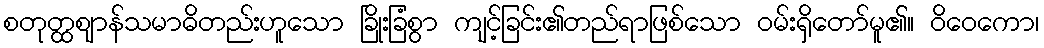
စတုတ္ထဈာန်သမာဓိတည်းဟူသော ခြိုးခြံစွာ ကျင့်ခြင်း၏တည်ရာဖြစ်သော ဝမ်းရှိတော်မူ၏။ ဝိဝေကော၊